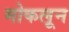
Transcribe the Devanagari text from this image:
मोकलून